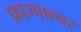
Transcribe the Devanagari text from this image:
फ्राज्चाल्नर